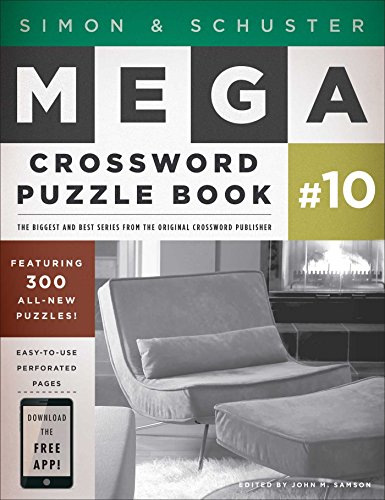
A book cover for Simon & Schuster Mega Crossword Puzzle Book #10; Humor & Entertainment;